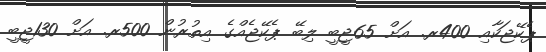
ޕެކޭޖަކާއި 400ރ. އަށް 65ޖީބީ ލިބޭ ޕެކޭޖެއްގެ އިތުރުން 500ރ. އަށް 130ޖީބީ